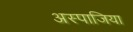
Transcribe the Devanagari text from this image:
अस्पाजिया